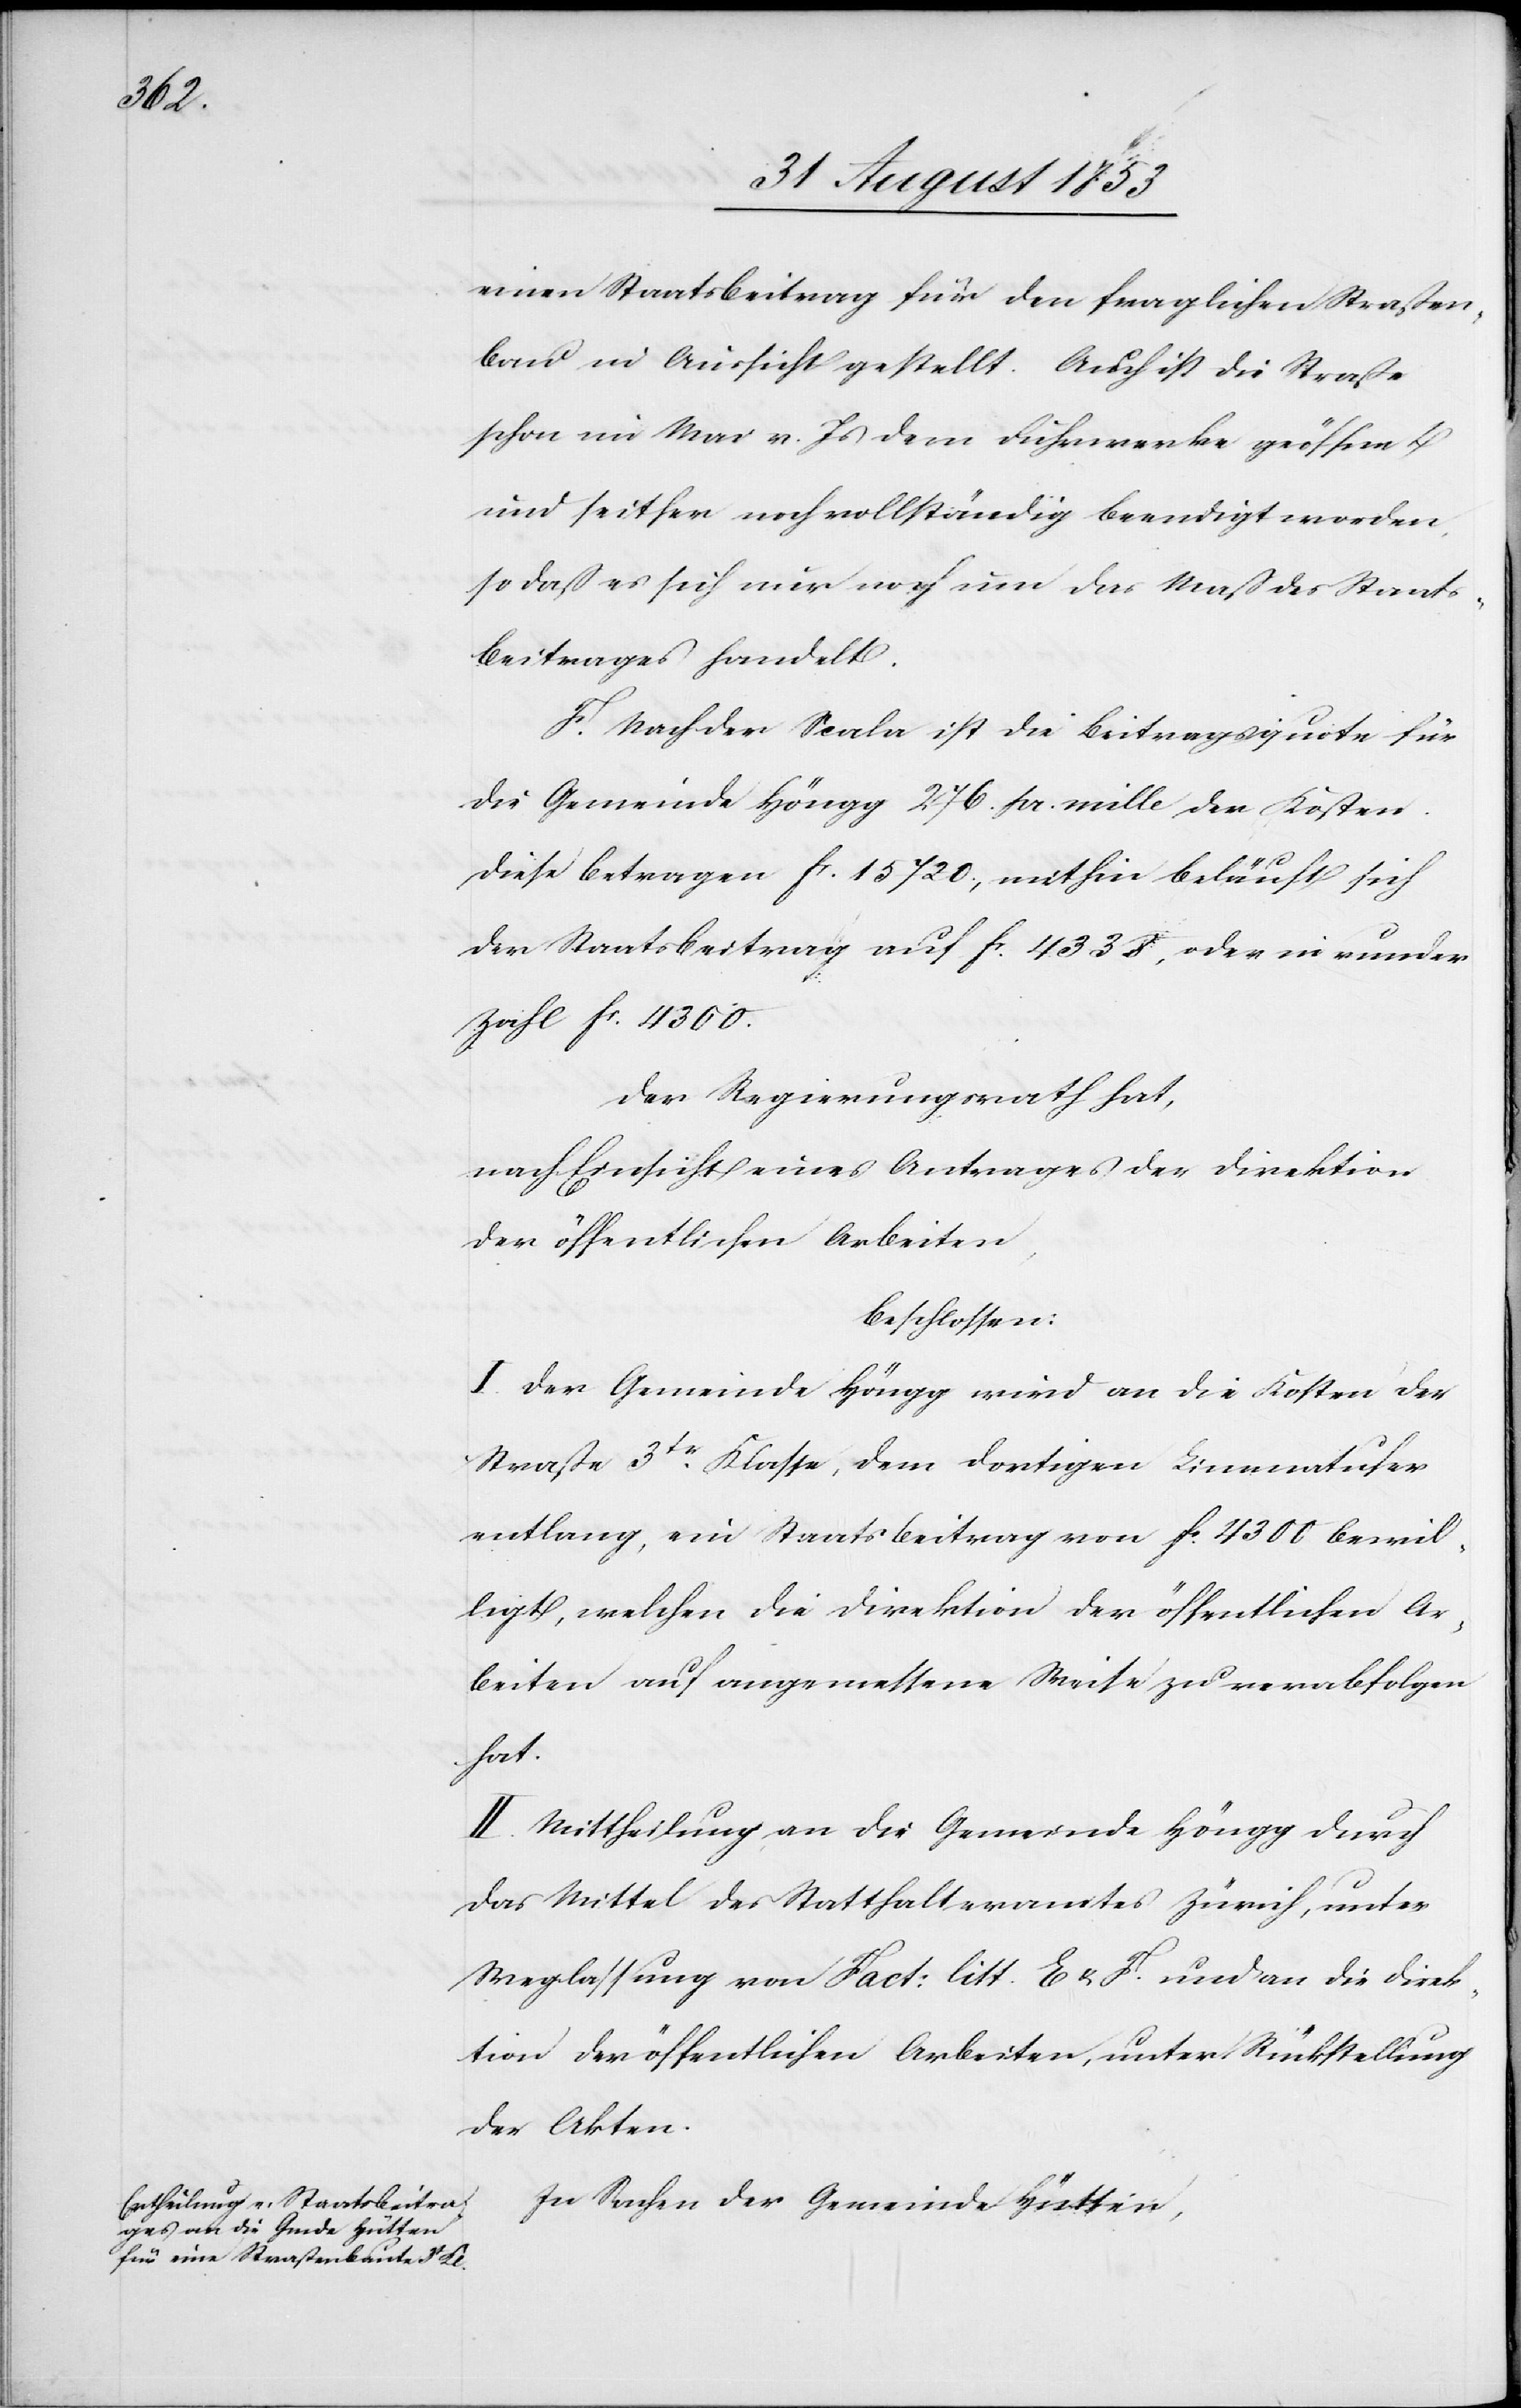
einen Staatsbeitrag für den fraglichen Straßen¬
bau in Aussicht gestellt. Auch ist die Straße
schon im Mai v. Js. dem Fuhrwerke geöffnet
und seither noch vollständig beendigt worden,
so daß es sich nur noch um das Maß des Staats¬
beitrages handelt.
F. Nach der Scala ist die Beitragsquote für
die Gemeinde Höngg 276 pr. mille der Kosten.
Diese betragen fr. 15 720, mithin beläuft sich
der Staatsbeitrag auf fr. 4338, oder in runder
Zahl fr. 4300.
Der Regierungsrath hat,
nach Einsicht eines Antrages der Direktion
der öffentlichen Arbeiten,
beschlossen:
I. Der Gemeinde Höngg wird an die Kosten der
Straße 3tr Klasse, dem dortigen Limmatufer
entlang, ein Staatsbeitrag von fc 4300 bewil¬
ligt, welchen die Direktion der öffentlichen Ar¬
beiten auf angemessene Weise zu verabfolgen
hat.
II. Mittheilung an die Gemeinde Höngg durch
das Mittel des Statthalteramtes Zürich, unter
Weglassung von Fact: litt. E. u. F. und an die Direk¬
tion der öffentlichen Arbeiten, unter Rückstellung
der Akten.
In Sachen der Gemeinde Hütten,